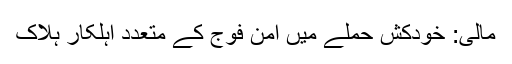
مالی: خودکش حملے میں امن فوج کے متعدد اہلکار ہلاک